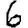
Digit: 6